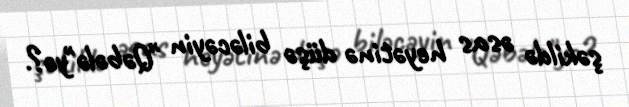
şəkildə əsas heyətinə düşə biləcəyin "Qəbələ"yə?.